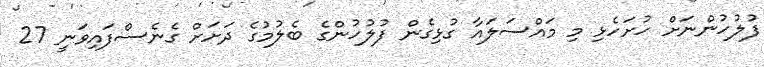
ފުލުހުންނަށް ހުށަހެޅި މި މައްސަލައާ ގުޅިގެން ފުލުހުންގެ ބެލުމުގެ ދަށަށް ގެނެސްފައިވަނީ 27